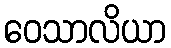
ဝေသာလိယာ